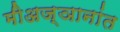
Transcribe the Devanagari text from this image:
मीअज्ञानांत